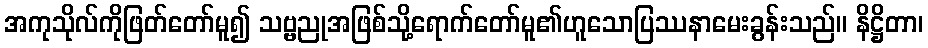
အကုသိုလ်ကိုဖြတ်တော်မူ၍ သဗ္ဗညုအဖြစ်သို့ရောက်တော်မူ၏ဟူသောပြဿနာမေးခွန်းသည်။ နိဋ္ဌိတာ၊